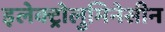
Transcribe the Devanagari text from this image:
इलेक्ट्रोलुमिनेसीन